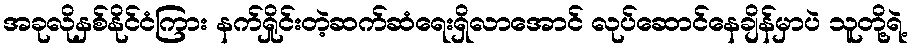
အခုလိုနှစ်နိုင်ငံကြား နက်ရှိုင်းတဲ့ဆက်ဆံရေးရှိလာအောင် လုပ်ဆောင်နေချိန်မှာပဲ သူတို့ရဲ့